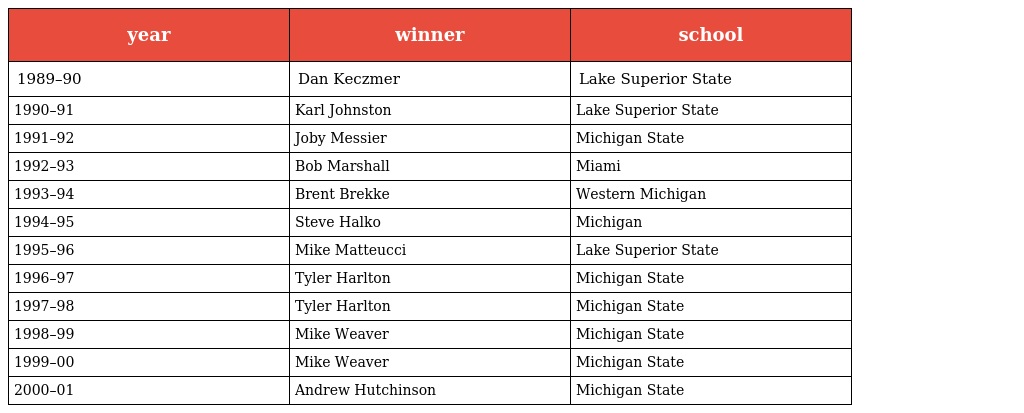
| year | winner | school |
 | --- | --- | --- |
 | 1989–90 | Dan Keczmer | Lake Superior State |
 | 1990–91 | Karl Johnston | Lake Superior State |
 | 1991–92 | Joby Messier | Michigan State |
 | 1992–93 | Bob Marshall | Miami |
 | 1993–94 | Brent Brekke | Western Michigan |
 | 1994–95 | Steve Halko | Michigan |
 | 1995–96 | Mike Matteucci | Lake Superior State |
 | 1996–97 | Tyler Harlton | Michigan State |
 | 1997–98 | Tyler Harlton | Michigan State |
 | 1998–99 | Mike Weaver | Michigan State |
 | 1999–00 | Mike Weaver | Michigan State |
 | 2000–01 | Andrew Hutchinson | Michigan State |